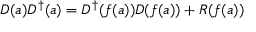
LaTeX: D ( a ) D ^ { \dagger } ( a ) = D ^ { \dagger } ( f ( a ) ) D ( f ( a ) ) + R ( f ( a ) )